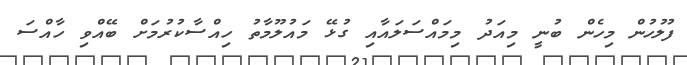
ފުލުހުން މިހެން ބުނީ މިއަދު މިމައްސަލައާއި ގުޅޭ މައުލޫމާތު ހިއްސާކުރުމަށް ބޭއްވި ހާއްސަ